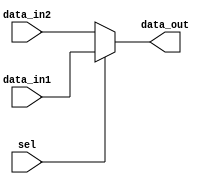
`timescale 1ns / 1ps
//////////////////////////////////////////////////////////////////////////////////
// Company: 
// Engineer: 
// 
// Design Name: 
// Module Name: mux_2x1
// Project Name: 
// Target Devices: 
// Tool Versions: 
// Description: 
// 
// Dependencies: 
// 
// Revision:
// Revision 0.01 - File Created
// Additional Comments:
// 
//////////////////////////////////////////////////////////////////////////////////
module mux_2x1(data_out,data_in1,data_in2,sel);
input [31:0]data_in1,data_in2;
output [31:0]data_out;
input sel;
assign data_out=sel?data_in1:data_in2;
endmodule